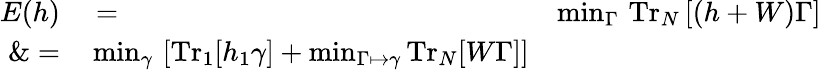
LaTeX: \begin{array}{rlr}{E(h)}&{{}=}&{\operatorname*{min}_{\Gamma}\, \mathrm{Tr}_{N}\left[(h+W)\Gamma\right]}\\ {\& =}&{{}\operatorname*{min}_{\gamma}\, \left[\mathrm{Tr}_{1}[h_{1}\gamma]+\operatorname*{min}_{\Gamma\mapsto\gamma}\mathrm{Tr}_{N}[W\Gamma]\right]}\end{array}